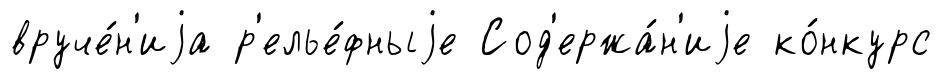
вруче́н'иjа р'елье́фныjе Сод'ержа́н'иjе ко́нкурс